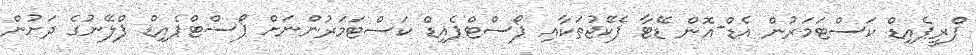
ޕްރީޕެއިޑް ކަސްޓަމަރުން އެޑް-އޮން ޑޭޓާ ޕެކޭޖުތަކާއި ޕޯސްޓްޕެއިޑް ކަސްޓަމަރުންނަށް ޕޯސްޓްޕެއިޑް ޕްލޭނުގެ ދަށުން